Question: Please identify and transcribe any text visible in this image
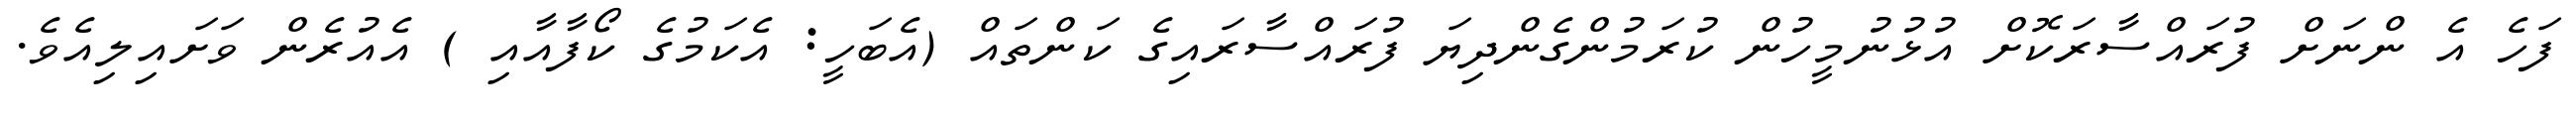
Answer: ފަހެ އެ ންނަށް ފުރައްސާރަކޮށް އުޅުނުމީހުން ކުރަމުންގެންދިޔަ ފުރައްސާރައިގެ ކަންތައް (އެބަހީ: އެކަމުގެ ކޯފާއާއި ) އެއުރެން ވަށައިލިއެވެ.